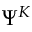
\Psi ^ { K }